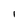
Character: l